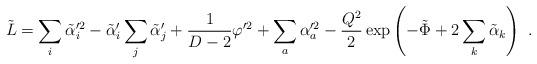
LaTeX: \begin{align*}\tilde{L} = \sum_i \tilde\alpha_i^{\prime2} - \tilde\alpha_i'\sum_j\tilde\alpha_j' + {1\over D-2} \varphi^{\prime2} + \sum_a \alpha_a^{\prime2} - {Q^2 \over 2} \exp\left(-\tilde\Phi+2\sum_k \tilde\alpha_k \right) \ .\end{align*}